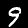
Label: 9